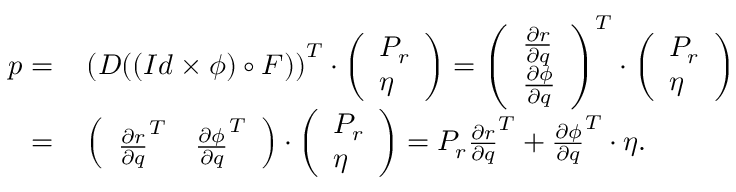
\begin{array} { r l } { p = } & { \, \left( D ( ( I d \times \phi ) \circ F ) \right) ^ { T } \cdot \left( \begin{array} { l } { P _ { r } } \\ { \eta } \end{array} \right) = \left( \begin{array} { l } { \frac { \partial r } { \partial q } } \\ { \frac { \partial \phi } { \partial q } } \end{array} \right) ^ { T } \cdot \left( \begin{array} { l } { P _ { r } } \\ { \eta } \end{array} \right) } \\ { = } & { \, \left( \begin{array} { l l } { \frac { \partial r } { \partial q } ^ { T } } & { \frac { \partial \phi } { \partial q } ^ { T } } \end{array} \right) \cdot \left( \begin{array} { l } { P _ { r } } \\ { \eta } \end{array} \right) = P _ { r } \frac { \partial r } { \partial q } ^ { T } + \frac { \partial \phi } { \partial q } ^ { T } \cdot \eta . } \end{array}